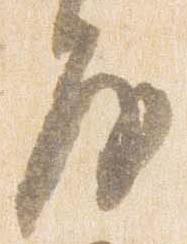
房